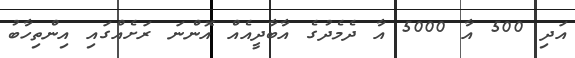
އަދި 500 އާ 5000 އާ ދެމެދުގެ އާބާދީއެއް އޮންނަ ރަށެއްގައި އިންތިހާބު